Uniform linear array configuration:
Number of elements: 24
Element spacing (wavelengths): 0.25
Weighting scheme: uniform
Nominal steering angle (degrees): -45
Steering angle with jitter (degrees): -44.66
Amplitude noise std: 0.05
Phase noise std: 0.05

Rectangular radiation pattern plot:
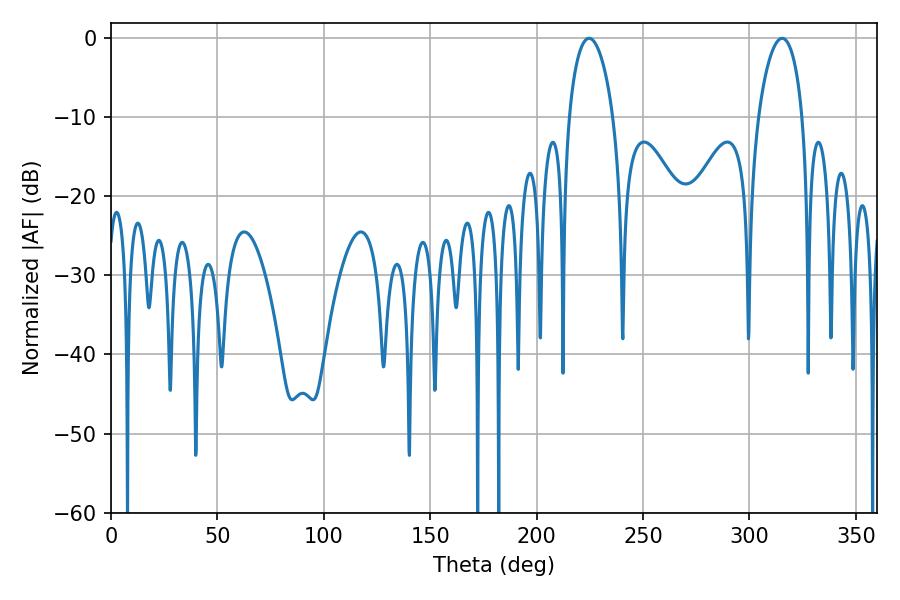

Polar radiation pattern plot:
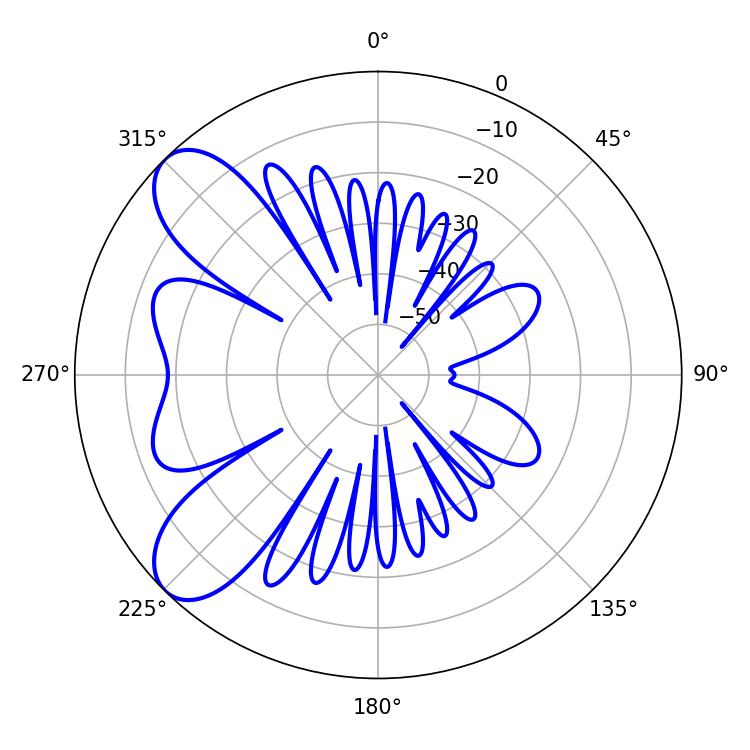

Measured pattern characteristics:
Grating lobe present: FALSE
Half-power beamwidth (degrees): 11.88
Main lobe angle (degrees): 224.64